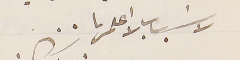
لاسَباب لا اعلمها . .